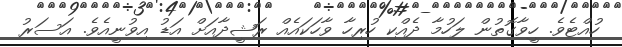
ހުއްޓެވެ. ހީވާގޮތުން ލަހުމާ ދެއްކި ހުރިހާ ވާހަކައެއް ރަޝީދާއަށް އަޑު އިވުނީއެވެ. އަސަރު